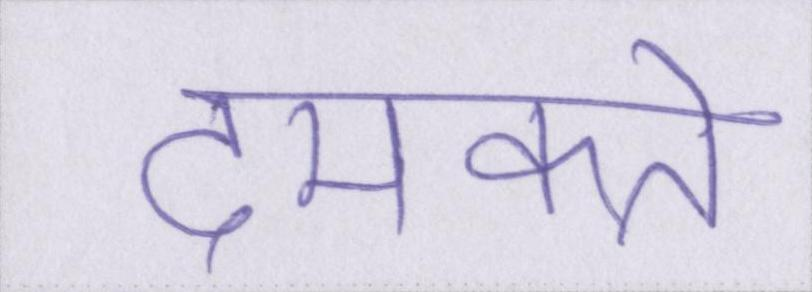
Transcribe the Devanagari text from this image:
दमकते